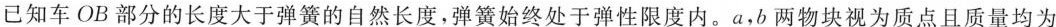
已知车OB部分的长度大于弹簧的自然长度，弹簧始终处于弹性限度内。a，b两物块视为质点且质量均为